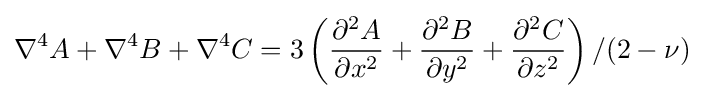
\nabla ^{4}A+\nabla ^{4}B+\nabla ^{4}C=3\left({\frac {\partial ^{2}A}{\partial x^{2}}}+{\frac {\partial ^{2}B}{\partial y^{2}}}+{\frac {\partial ^{2}C}{\partial z^{2}}}\right)/(2-\nu )